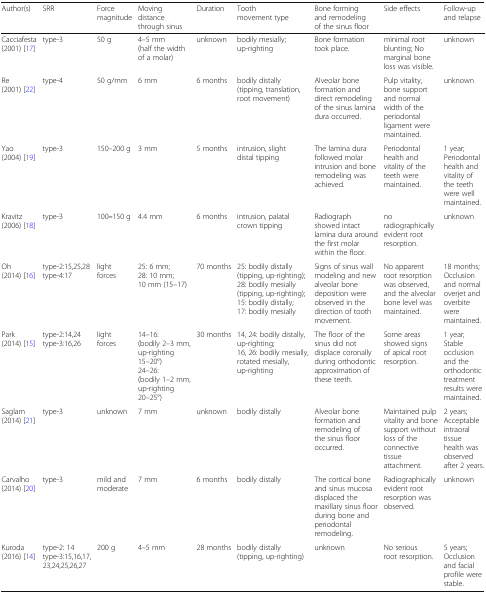
<table><thead><tr><td><b>Author(s)</b></td><td><b>SRR</b></td><td><b>Force magnitude</b></td><td><b>Moving distance through sinus</b></td><td><b>Duration</b></td><td><b>Tooth movement type</b></td><td><b>Bone forming and remodeling of the sinus floor</b></td><td><b>Side effects</b></td><td><b>Follow-up and relapse</b></td></tr></thead><tbody><tr><td>Cacciafesta (2001) [17]</td><td>type-3</td><td>50 g</td><td>4–5 mm (half the width of a molar)</td><td>unknown</td><td>bodily mesially; up-righting</td><td>Bone formation took place.</td><td>minimal root blunting; No marginal bone loss was visible.</td><td>unknown</td></tr><tr><td>Re (2001) [22]</td><td>type-4</td><td>50 g/mm</td><td>6 mm</td><td>6 months</td><td>bodily distally (tipping, translation, root movement)</td><td>Alveolar bone formation and direct remodeling of the sinus lamina dura occurred.</td><td>Pulp vitality, bone support and normal width of the periodontal ligament were maintained.</td><td>unknown</td></tr><tr><td>Yao (2004) [19]</td><td>type-3</td><td>150–200 g</td><td>3 mm</td><td>5 months</td><td>intrusion, slight distal tipping</td><td>The lamina dura followed molar intrusion and bone remodeling was achieved.</td><td>Periodontal health and vitality of the teeth were maintained.</td><td>1 year; Periodontal health and vitality of the teeth were well maintained.</td></tr><tr><td>Kravitz (2006) [18]</td><td>type-3</td><td>100<b>–</b>150 g</td><td>4.4 mm</td><td>6 months</td><td>intrusion, palatal crown tipping</td><td>Radiograph showed intact lamina dura around the first molar within the floor.</td><td>no radiographically evident root resorption.</td><td>unknown</td></tr><tr><td>Oh (2014) [16]</td><td>type-2:15,25,28 type-4:17</td><td>light forces</td><td>25: 6 mm; 28: 10 mm; 10 mm (15–17)</td><td>70 months</td><td>25: bodily distally (tipping, up-righting); 28: bodily mesially (tipping, up-righting); 15: bodily distally; 17: bodily mesially</td><td>Signs of sinus wall modeling and new alveolar bone deposition were observed in the direction of tooth movement.</td><td>No apparent root resorption was observed, and the alveolar bone level was maintained.</td><td>18 months; Occlusion and normal overjet and overbite were maintained.</td></tr><tr><td>Park (2014) [15]</td><td>type-2:14,24 type-3:16,26</td><td>light forces</td><td>14–16: (bodily 2–3 mm, up-righting 15–20°) 24–26: (bodily 1–2 mm, up-righting 20–25°)</td><td>30 months</td><td>14, 24: bodily distally, up-righting; 16, 26: bodily mesially, rotated mesially, up-righting</td><td>The floor of the sinus did not displace coronally during orthodontic approximation of these teeth.</td><td>Some areas showed signs of apical root resorption.</td><td>1 year; Stable occlusion and the orthodontic treatment results were maintained.</td></tr><tr><td>Saglam (2014) [21]</td><td>type-3</td><td>unknown</td><td>7 mm</td><td>unknown</td><td>bodily distally</td><td>Alveolar bone formation and remodeling of the sinus floor occurred.</td><td>Maintained pulp vitality and bone support without loss of the connective tissue attachment.</td><td>2 years; Acceptable intraoral tissue health was observed after 2 years.</td></tr><tr><td>Carvalho (2014) [20]</td><td>type-3</td><td>mild and moderate</td><td>7 mm</td><td>6 months</td><td>bodily distally</td><td>The cortical bone and sinus mucosa displaced the maxillary sinus floor during bone and periodontal remodeling.</td><td>Radiographically evident root resorption was observed.</td><td>unknown</td></tr><tr><td>Kuroda (2016) [14]</td><td>type-2: 14 type-3:15,16,17,23,24,25,26,27</td><td>200 g</td><td>4–5 mm</td><td>28 months</td><td>bodily distally (tipping, up-righting)</td><td>unknown</td><td>No serious root resorption.</td><td>5 years; Occlusion and facial profile were stable.</td></tr></tbody></table>